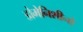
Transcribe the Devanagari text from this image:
डोमेनिशीनो